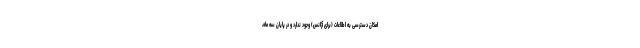
امکان دسترسی به اطلاعات (برای آژانس) وجود ندارد و در پایان سه ماه،